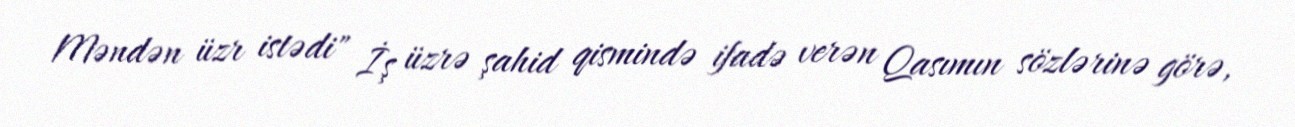
Məndən üzr istədi" İş üzrə şahid qismində ifadə verən Qasımın sözlərinə görə,